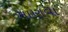
માણવા